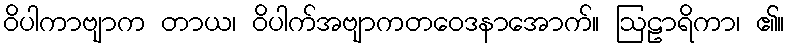
ဝိပါကာဗျာက တာယ၊ ဝိပါက်အဗျာကတဝေဒနာအောက်။ ဩဠာရိကာ၊ ၏။